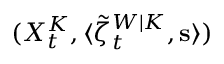
( X _ { t } ^ { K } , \langle \tilde { \zeta } _ { t } ^ { W | K } , \mathbf { s } \rangle )